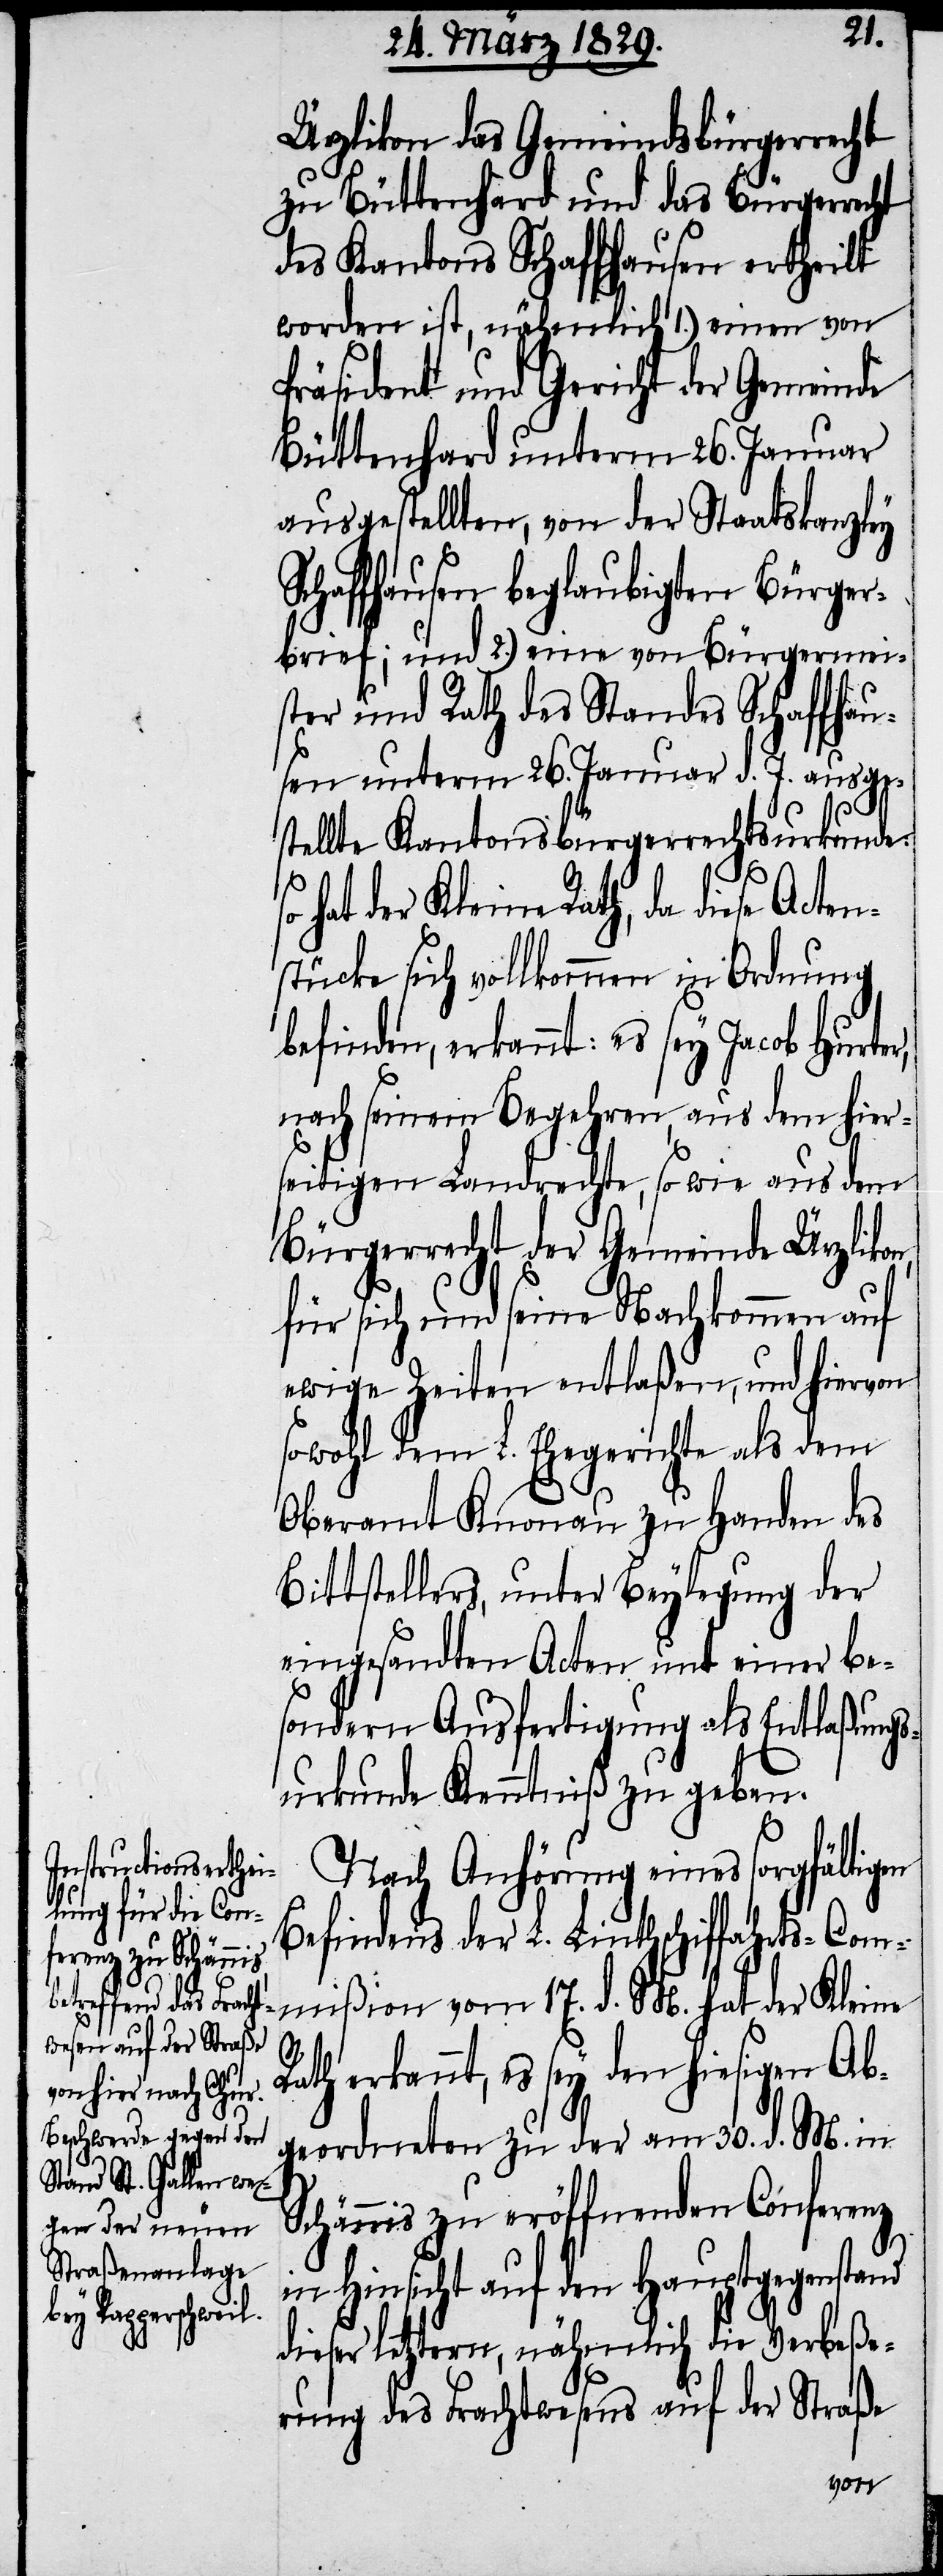
Ürzlikon das Gemeindsbürgerrecht
zu Büttenhard und das Bürgerrecht
des Kantons Schaffhausen ertheilt
worden ist, nähmlich 1.) einen von
Präsident und Gericht der Gemeinde
Büttenhard unterm 26. Januar
ausgestellten, von der Staatskanzley
Schaffhausen beglaubigten Bürger¬
brief; und 2.) eine von Bürgermei¬
ster und Rath des Standes Schaffhau¬
sen unterm 26. Januar d. J. ausge¬
stellte Kantonsbürgerrechtsurkunde:
r,
hat der Kleine Rath, da diese Acten¬
stücke sich vollkommen in Ordnung
befinden, erkannt: es sey Jacob Hurte¬
nach seinem Begehren, aus dem hier¬
seitigen Landrechte, so wie aus dem
Bürgerrecht der Gemeinde Ürzlikon
für sich und seine Nachkommen auf
ewige Zeiten entlaßen, und hiervon
sowohl dem L. Ehegericht zu Handen
Bittstellers, unter Beylegung der
eingesandten Acten und einer be¬
sondern Ausfertigung als Entlaßungs¬
urkunde Kenntniß zu geben.
Nach Anhörung eines sorgfältigen
Befindens der L. Linthschiffahrts-Com¬
mißion vom 17. d. M. hat der Kleine
Rath erkannt, es sey den hiesigen Ab¬
geordneten zu der am 30. d. M. in
Schännis zu eröffnenden Conferenz
in Hinsicht auf den Hauptgegenstand
dieser letztern, nähmlich die Verbeße¬
rung des Frachtwesens auf der Straße